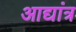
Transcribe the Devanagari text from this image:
आद्यांत्र